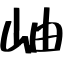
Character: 岫